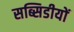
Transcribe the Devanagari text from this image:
सब्सिडीयों